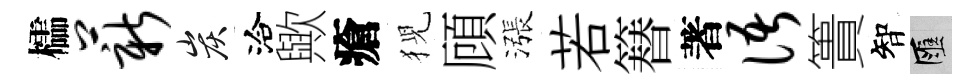
櫺薪炭洽歟瘡猊頋漲若簮著语簣智匯